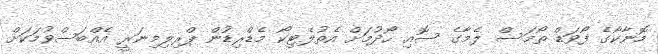
މޮނާކޯގެ ފޯވަޑް ތޯމަސް ލެމާގެ ސޮއި ހޯދުމަށް އެތުލެޓިކޯ މެޑްރިޑުން ޕްރިލިމިނަރީ އެއްބަސްވުމަކަށް